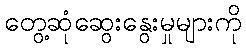
တွေ့ဆုံဆွေးနွေးမှုများကို